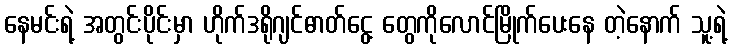
နေမင်းရဲ့ အတွင်းပိုင်းမှာ ဟိုက်ဒရိုဂျင်ဓာတ်ငွေ့ တွေကိုလောင်မြိုက်ပေးနေ တဲ့နောက် သူ့ရဲ့